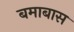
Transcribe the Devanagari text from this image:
बमाबास